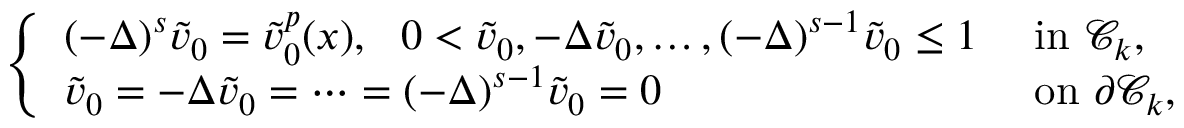
\left\{ \begin{array} { l l } { ( - \Delta ) ^ { s } \tilde { v } _ { 0 } = \tilde { v } _ { 0 } ^ { p } ( x ) , \ \ 0 < \tilde { v } _ { 0 } , - \Delta \tilde { v } _ { 0 } , \ldots , ( - \Delta ) ^ { s - 1 } \tilde { v } _ { 0 } \leq 1 \, \, } & { \mathrm { i n } \, \, \mathcal C _ { k } , } \\ { \tilde { v } _ { 0 } = - \Delta \tilde { v } _ { 0 } = \cdots = ( - \Delta ) ^ { s - 1 } \tilde { v } _ { 0 } = 0 } & { \mathrm { o n } \, \, \partial \mathcal C _ { k } , } \end{array} \right.